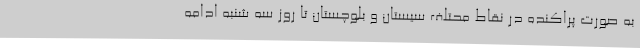
به صورت پراکنده در نقاط محتلف سیستان و بلوچستان تا روز سه شنبه ادامه